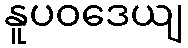
နူပဝဒေယျ